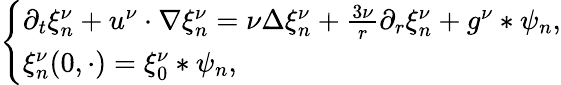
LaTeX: \begin{array}{r}{\left\{ \begin{array}{ll}{\partial_{t}\xi_{n}^{\nu}+u^{\nu}\cdot\nabla\xi_{n}^{\nu}=\nu\Delta\xi_{n}^{\nu}+\frac{3\nu}{r}\partial_{r}\xi_{n}^{\nu}+g^{\nu}\ast\psi_{n},}\\ {\xi_{n}^{\nu}(0,\cdot)=\xi_{0}^{\nu}*\psi_{n},}\end{array}\right.}\end{array}